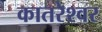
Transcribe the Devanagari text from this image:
कातरेश्वर